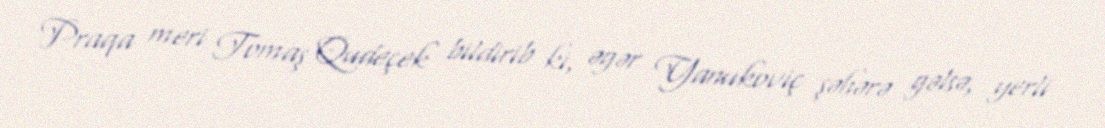
Praqa meri Tomaş Qudeçek bildirib ki, əgər Yanukoviç şəhərə gəlsə, yerli